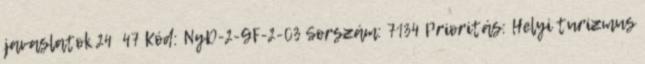
javaslatok 24 47 Kód: NyD-2-GF-2-03 Sorszám: 7134 Prioritás: Helyi turizmus